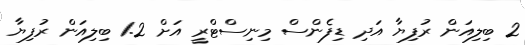
2 ބިލިއަން ރުފިޔާ އަދި ޑިފެންސް މިނިސްޓްރީ އަށް 1.2 ބިލިއަން ރުފިޔާ